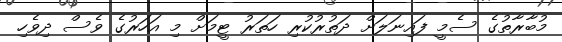
މުބާރާތުގެ ސެމީ ފައިނަލަށް ދަތުރުކުރި ހަތަރު ޓީމަށް މި އަހަރުގެ ވެސް ދިވެހި